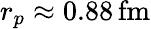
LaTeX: r_{p}\approx 0.88\, \mathrm{fm}